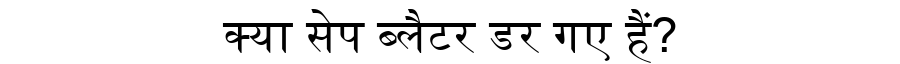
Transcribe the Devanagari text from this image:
क्या सेप ब्लैटर डर गए हैं?